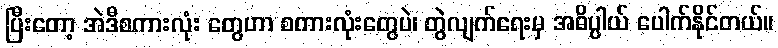
ပြီးတော့ အဲဒီစကားလုံး တွေဟာ စကားလုံးတွေပဲ၊ တွဲလျက်ရေးမှ အဓိပ္ပါယ် ပေါက်နိုင်တယ်။